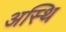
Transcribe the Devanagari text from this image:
अस्‍थि